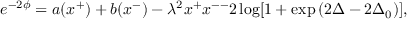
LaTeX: e ^ { - 2 \phi } = a ( x ^ { + } ) + b ( x ^ { - } ) - \lambda ^ { 2 } x ^ { + } x ^ { -- } 2 \log [ 1 + \exp { ( 2 \Delta - 2 \Delta _ { 0 } ) } ] ,